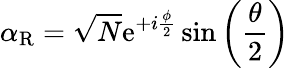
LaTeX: \alpha_{\mathrm{R}}=\sqrt{N}\mathrm{e}^{+i\frac{\phi}{2}}\sin\left(\frac{\theta}{2}\right)